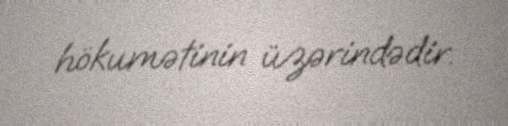
hökumətinin üzərindədir.